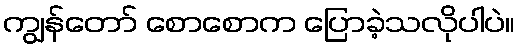
ကျွန်တော် စောစောက ပြောခဲ့သလိုပါပဲ။